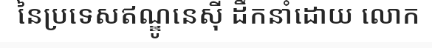
នៃប្រទេសឥណ្ឌូនេស៊ី ដឹកនាំដោយ លោក